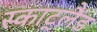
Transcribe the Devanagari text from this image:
स्काट्लैंड